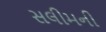
સલીમની